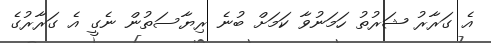
އެ ގަރާރު ޝަރުތު ހަމަނުވާ ކަމަށް ބުނެ ރިޔާސަތުން ނެގީ އެ ގަރާރުގެ